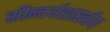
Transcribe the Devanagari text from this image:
सौन्दर्यशास्त्रीय